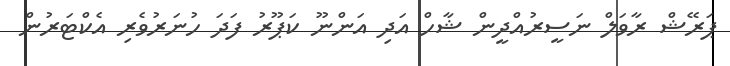
ޕަރޭޝް ރާވަލް ނަސީރުއްދީން ޝާހް އަދި އަންނޫ ކަޕޫރު ފަދަ ހުނަރުވެރި އެކްޓަރުން